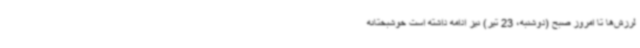
لرزش‌ها تا امروز صبح (دوشنبه، 23 تیر) نیز ادامه داشته است خوشبختانه